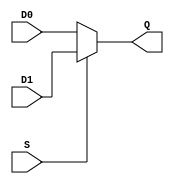
// 16-bit 2-to-1 MUX used in Stump design
//
// Original design J Pepper
//

module Stump_mux16bit  (input wire [15:0] D0,
			            input wire [15:0] D1,
			            input wire        S,
			            output reg [15:0] Q);

// Output Q is assigned one of two 16-bit values, D0 or D1, depending on the
// state of the control signal S. S = 0: Q = D0, S = 1: Q = D1
						
always @ (*)        // Combinatorial logic block
 if(S == 1)         // Simple decode on S
  Q = D1;
 else
  Q = D0;
  
endmodule